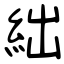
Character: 絀